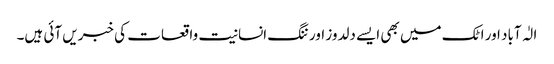
الٰہ آباد اور اٹک میں بھی ایسے دلدوز اور ننگ انسانیت واقعات کی خبریں آئی ہیں۔